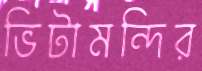
ভিটামন্দির